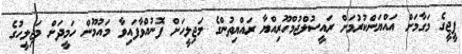
ޕީޖީގެ މަގާމަށް އައްޔަންކުރުމަށް ރައީސުލްޖުމްހޫރިއްޔާ ރައްޔިތުންގެ މަޖިލީހަށް ފޮނުއްވާފައިވާ މައުމޫން ހަމީދަށް މަޖިލީހުގެ